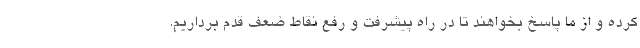
کرده و از ما پاسخ بخواهند تا در راه پیشرفت و رفع نقاط ضعف قدم برداریم.